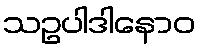
သဥပါဒါနောဝ